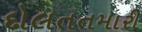
દોલતતમારી